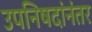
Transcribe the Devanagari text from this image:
उपनिषदांनंतर